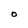
Character: O